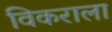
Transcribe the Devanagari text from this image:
विकराला